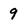
Character: 9